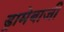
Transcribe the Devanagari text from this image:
ड्रामेबाजी